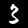
Digit: 3